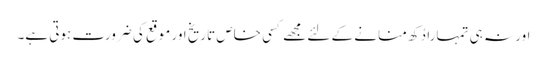
اور نہ ہی تمہارا دُکھ منانے کے لئے مجھے کسی خاص تاریخ اور موقع کی ضرورت ہوتی ہے۔